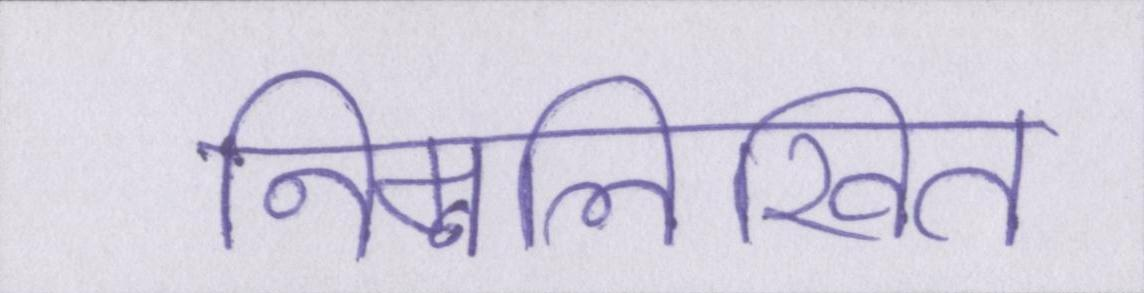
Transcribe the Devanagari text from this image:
निम्नलिखित